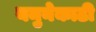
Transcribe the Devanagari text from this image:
यमुनेकाठी